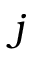
j